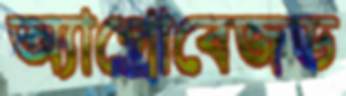
অ্যাগ্রোবেজড